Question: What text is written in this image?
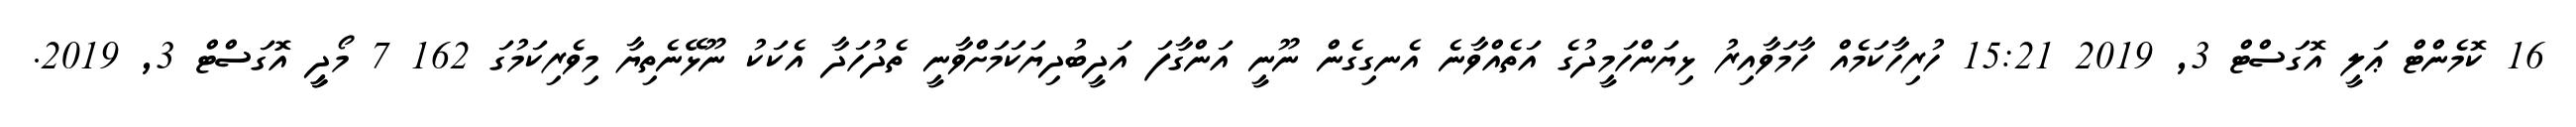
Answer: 16 ކޮމެންޓް ޢަލީ އޮގަސްޓް 3, 2019 15:21 ހުރިހާކަމެއް ހާމަވާއިރު ޅިޔަންހަމީދުގެ އަތެއްވާނެ އެނގިގެން ނޫނީ އަންގާފަ އަދީބުދިޔަކަމަށްވާނީ ތެދުހަދާ އެކަކު ނޫޅޭނެތިޔާ މިވެރިކަމުގަ 162 7 މޯދީީ އޮގަސްޓް 3, 2019.